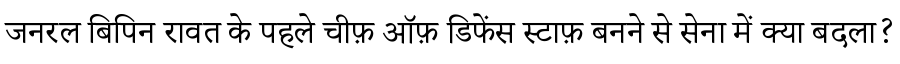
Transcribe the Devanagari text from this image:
जनरल बिपिन रावत के पहले चीफ़ ऑफ़ डिफेंस स्टाफ़ बनने से सेना में क्या बदला?